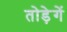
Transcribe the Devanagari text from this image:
तोड़ेगें